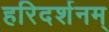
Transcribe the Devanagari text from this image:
हरिदर्शनम्